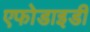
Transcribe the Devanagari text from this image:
एफोडाइडी